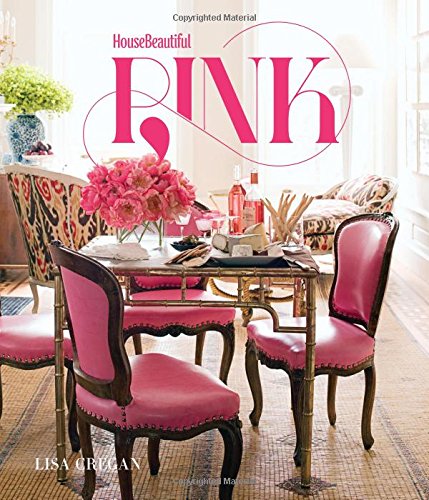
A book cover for House Beautiful Pink; Lisa Cregan; Crafts, Hobbies & Home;